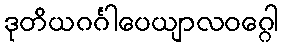
ဒုတိယဂင်္ဂါပေယျာလဝဂ္ဂေါ